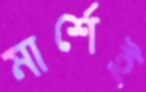
মার্শেই